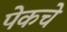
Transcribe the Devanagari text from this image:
पेकचे